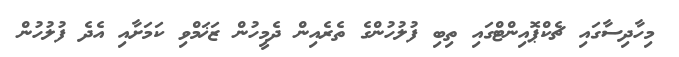
މިހާދިސާގައި ޗެކްޕޮއިންޓްގައި ތިބި ފުލުހުންގެ ތެރެއިން ދެމީހުން ޒަޚަމްވި ކަމަށާއި އެދެ ފުލުހުން